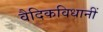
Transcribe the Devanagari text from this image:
वैदिकविधानीं